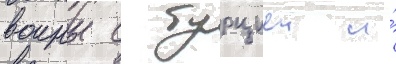
воины с турциеи и́